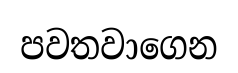
පවතවාගෙන